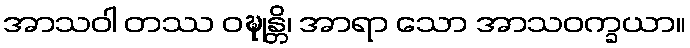
အာသဝါ တဿ ဝဍ္ဎုန္တိ၊ အာရာ သော အာသဝက္ခယာ။